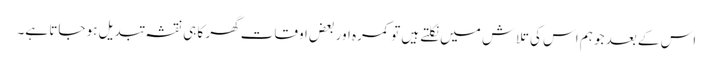
اس کے بعد جو ہم اس کی تلاش میں نکلتے ہیں تو کمرہ اور بعض اوقات گھر کا ہی نقشہ تبدیل ہو جاتا ہے۔